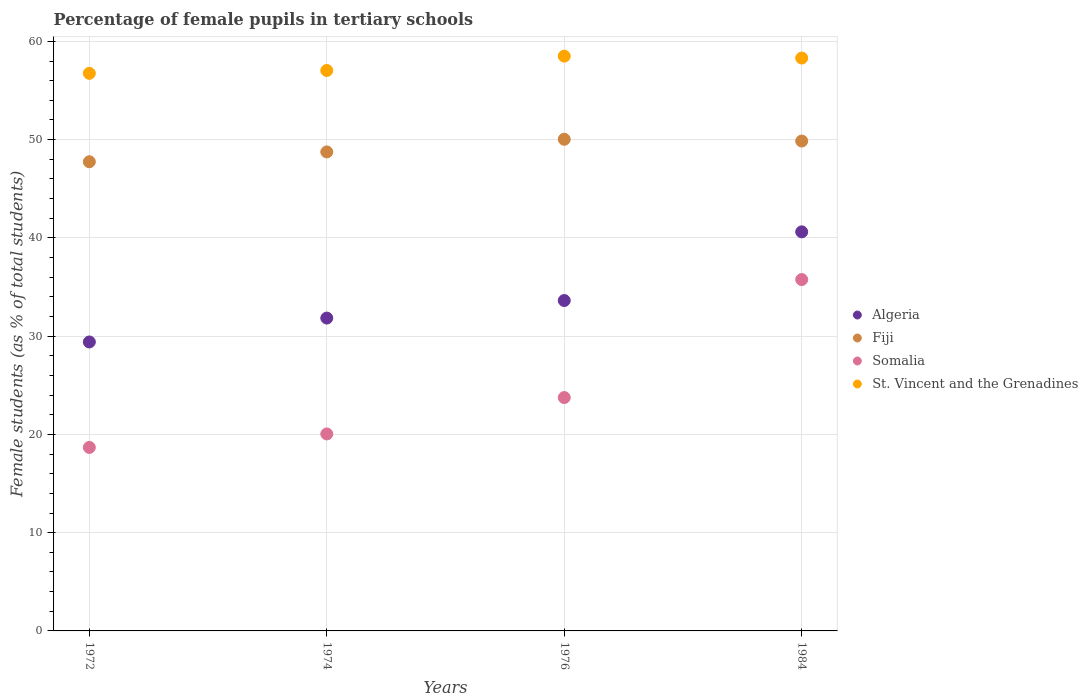
| Years | Algeria | Fiji | Somalia | St. Vincent and the Grenadines |
 | --- | --- | --- | --- | --- |
 | 1972 | 29.4 | 47.7 | 18.7 | 56.7 |
 | 1974 | 31.8 | 48.7 | 20 | 57 |
 | 1976 | 33.6 | 50 | 23.7 | 58.5 |
 | 1984 | 40.6 | 49.9 | 35.8 | 58.3 |